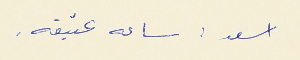
اسعد : ساعه عتيقه .